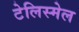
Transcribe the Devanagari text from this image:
टेलिस्मेल